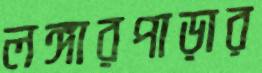
লঙ্গারপাড়ার